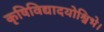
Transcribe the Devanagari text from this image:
कृषिविद्यादयोश्विभे।